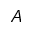
A